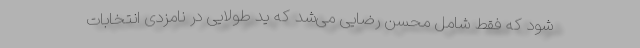
شود که فقط شامل محسن رضایی می‌شد که ید طولایی در نامزدی انتخابات